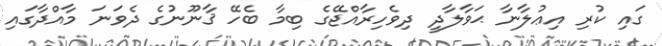
ގައި ކުރި އިޢުލާނާ ޙަވާލާދީ ދިވެހިރާއްޖޭގެ ބިމާ ބެހޭ ޤާނޫނުގެ ދެވަނަ މާއްދާގައި